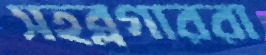
সহব্লগাররা